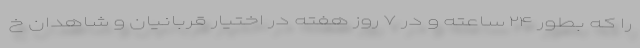
را که بطور ۲۴ ساعته و در ۷ روز هفته در اختیار قربانیان و شاهدان خ